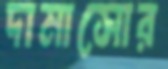
দামাসোর